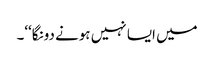
میں ایسا نہیں ہونے دونگا‘‘۔